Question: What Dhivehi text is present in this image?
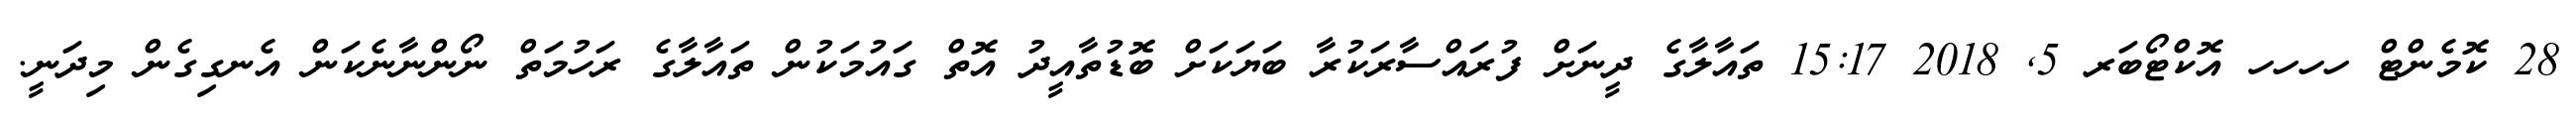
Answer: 28 ކޮމެންޓް ހހހހ އޮކްޓޯބަރ 5, 2018 15:17 ތައާލާގެ ދީނަށް ފުރައްސާރަކުރާ ބަޔަކަށް ބޮޑުތާއީދު އޮތް ގައުމަކުން ތައާލާގެ ރަހުމަތް ނޯންނާނެކަން އެނގިގެން މިދަނީ.